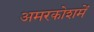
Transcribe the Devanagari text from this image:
अमरकोशमें